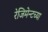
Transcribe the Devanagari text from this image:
रेजिमेन्टच्या